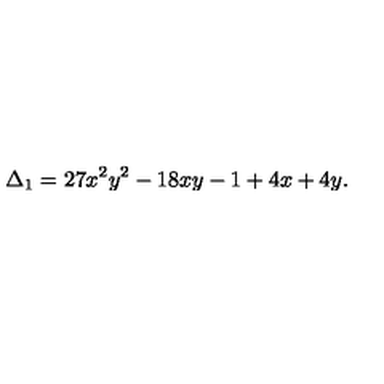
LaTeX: \Delta _ { 1 } = 2 7 x ^ { 2 } y ^ { 2 } - 1 8 x y - 1 + 4 x + 4 y .